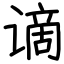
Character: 谪